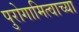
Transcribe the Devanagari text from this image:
पुरोगामित्वाच्या